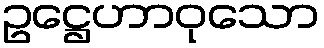
ဥဋ္ဌေဟာဝုသော